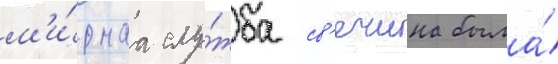
м'и́рнаа слу́жба св'ечина была́